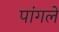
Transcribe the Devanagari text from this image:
पांगले